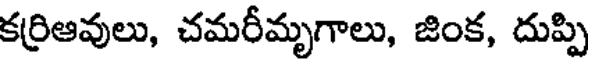
కర్రిఆవులు, చమరీమృగాలు, జింక, దుప్పి